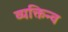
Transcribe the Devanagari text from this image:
व्यक्तिन्व